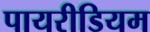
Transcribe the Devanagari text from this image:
पायरीडियम